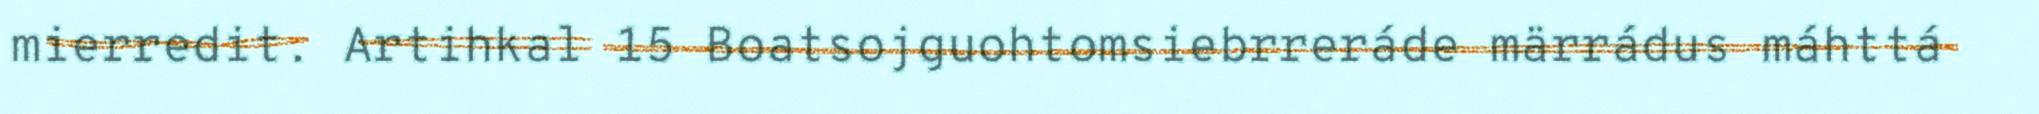
mierredit. Artihkal 15 Boatsojguohtomsiebrreráde märrádus máhttá